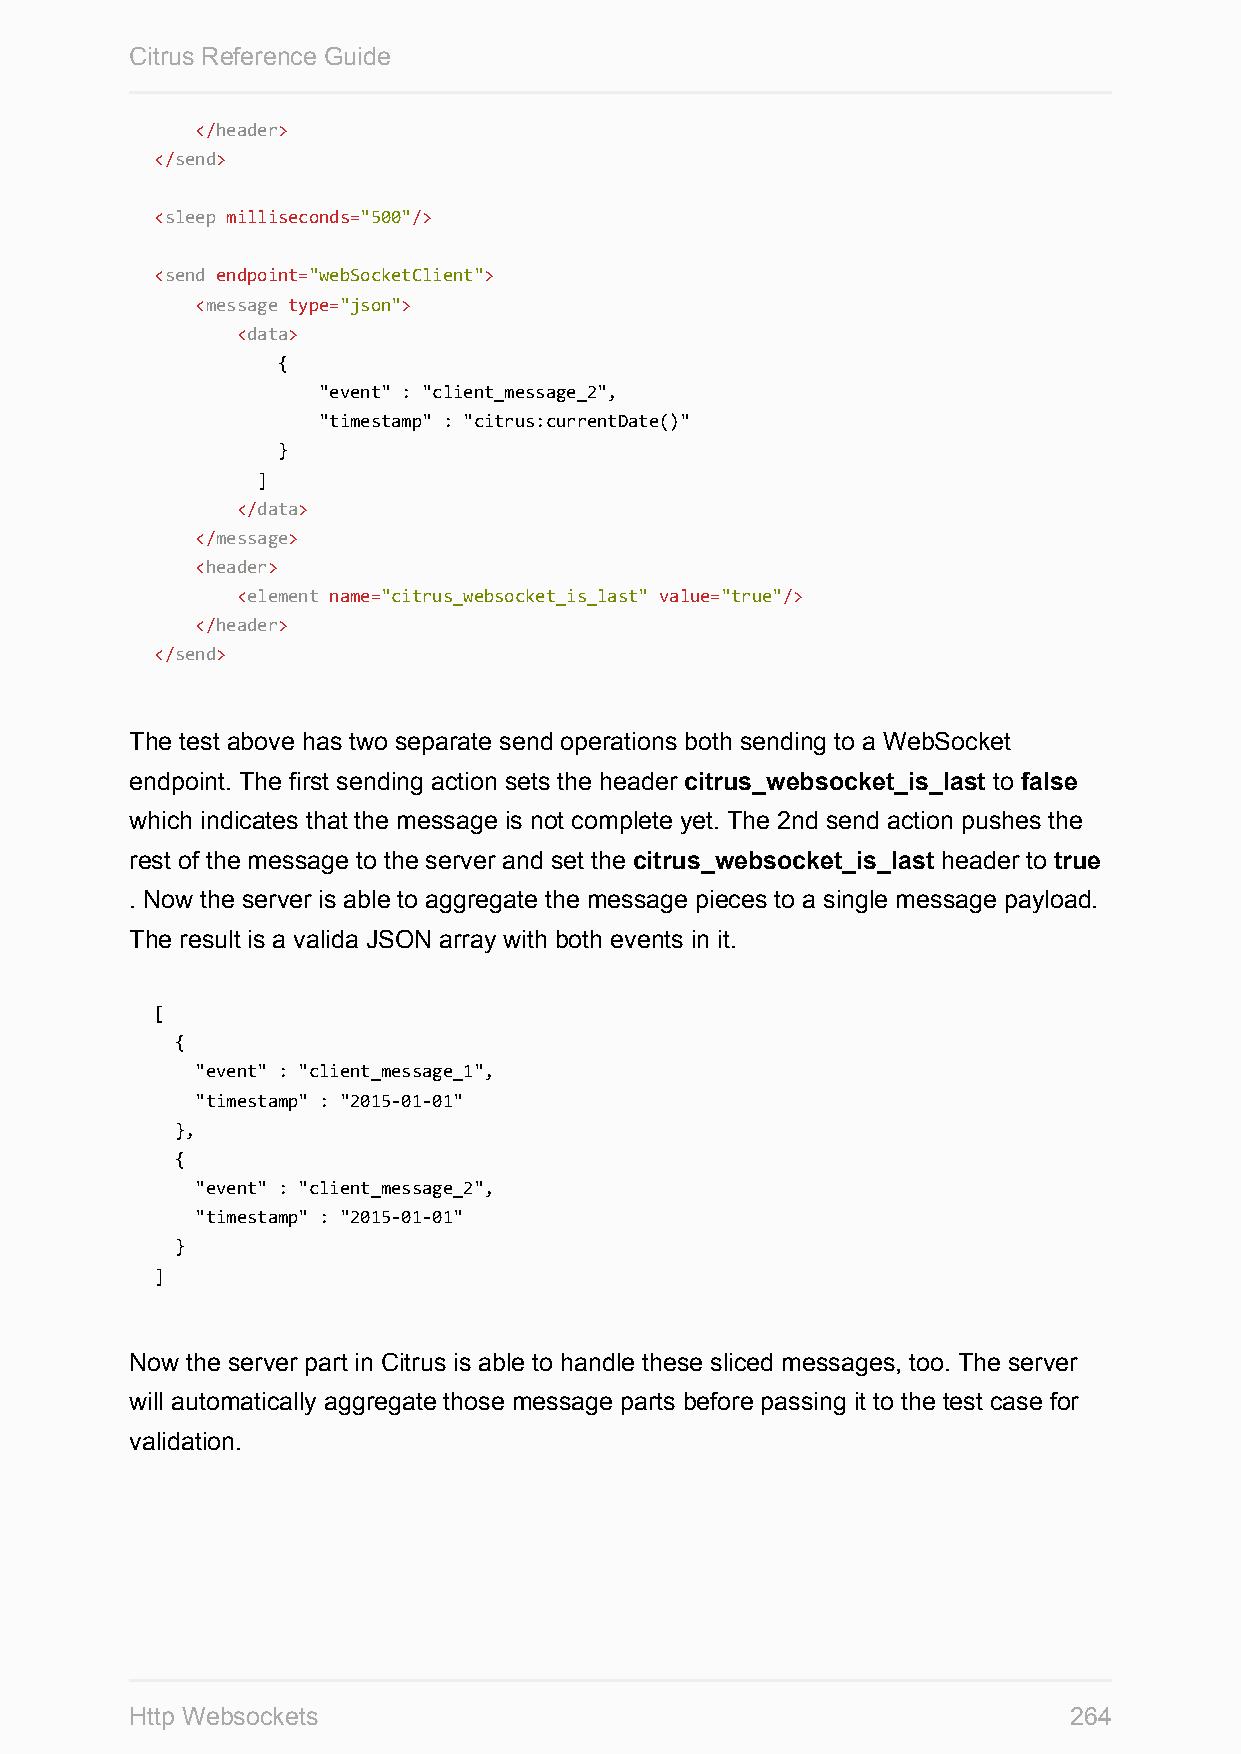
Citrus Reference Guide
 </header>
 </send>
 <sleep milliseconds="500"/>
 <send endpoint="webSocketClient">
 <message type="json">
 <data>
 {
 "event" : "client_message_2",
 "timestamp" : "citrus:currentDate()"
 }
 ]
 </data>
 </message>
 <header>
 <element name="citrus_websocket_is_last" value="true"/>
 </header>
 </send>
 The test above has two separate send operations both sending to a WebSocket
 endpoint. The first sending action sets the header citrus_websocket_is_last to false
 which indicates that the message is not complete yet. The 2nd send action pushes the
 rest of the message to the server and set the citrus_websocket_is_last header to true
 . Now the server is able to aggregate the message pieces to a single message payload.
 The result is a valida JSON array with both events in it.
 [
 {
 "event" : "client_message_1",
 "timestamp" : "2015-01-01"
 },
 {
 "event" : "client_message_2",
 "timestamp" : "2015-01-01"
 }
 ]
 Now the server part in Citrus is able to handle these sliced messages, too. The server
 will automatically aggregate those message parts before passing it to the test case for
 validation.
 Http Websockets                                               264